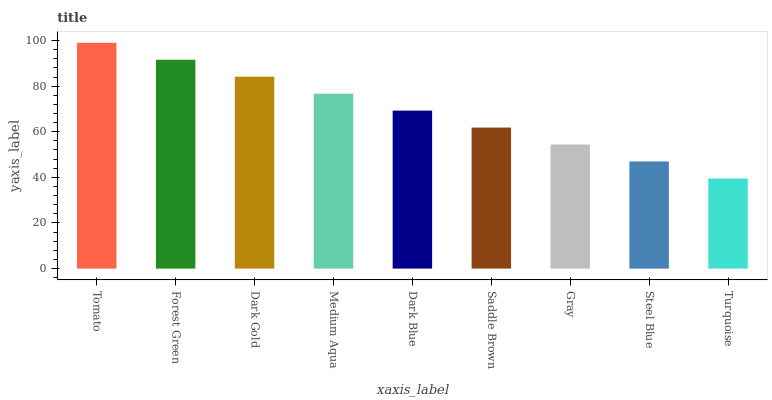
| xaxis_label | bars |
 | --- | --- |
 | Tomato | 99 |
 | Forest Green | 91.6 |
 | Dark Gold | 84.1 |
 | Medium Aqua | 76.7 |
 | Dark Blue | 69.3 |
 | Saddle Brown | 61.8 |
 | Gray | 54.4 |
 | Steel Blue | 47 |
 | Turquoise | 39.5 |